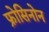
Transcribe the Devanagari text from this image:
फ्रोसिनोन